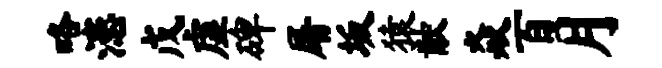
咯漶戊虚碑屠坂猿猷焱百月